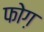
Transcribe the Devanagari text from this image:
फोग़